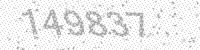
Solution: 149837